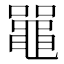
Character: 𫜝